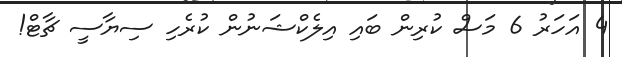
4 އަހަރު 6 މަސް ކުރިން ބައި އިލެކްޝަނުން ކުރެހި ސިޔާސީ ޗާޓް!